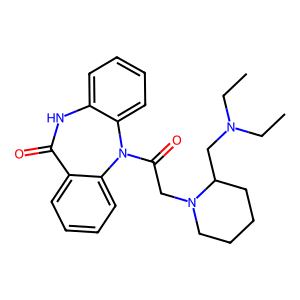
SMILES: CCN(CC)CC1CCCCN1CC(=O)N1c2ccccc2NC(=O)c2ccccc21
Inhibits HIV replication: No